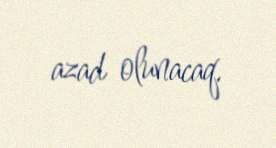
azad olunacaq.